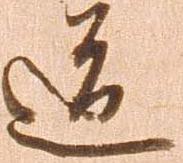
道